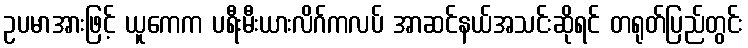
ဥပမာအားဖြင့် ယူကေက ပရီးမီးယားလိဂ်ကလပ် အာဆင်နယ်အသင်းဆိုရင် တရုတ်ပြည်တွင်း